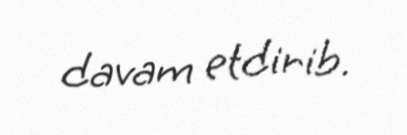
davam etdirib.